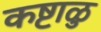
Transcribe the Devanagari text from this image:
कष्टाळु